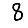
Digit: 8